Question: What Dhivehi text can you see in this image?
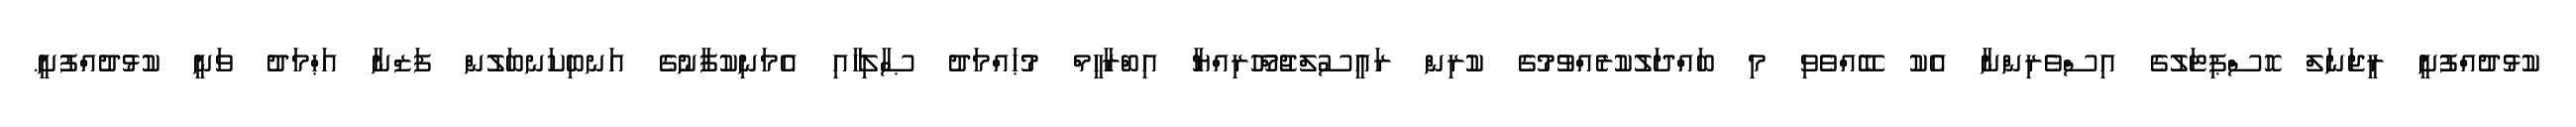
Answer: ކުޅުދުއްފުށީ ރީޖަނަލް ހޮސްޕިޓަލުގެ އިސްވެރިންނާ އެކު ބޭއްވެވި މި ބައްދަލުކުރެއްވުމުގެ ކުރިން ރައީސުލްޖުމްހޫރިއްޔާ އިބްރާހީމް މުޙައްމަދު ޞާލިހާއި އެމަނިކުފާނުގެ އަނބިކަނބަލުން ފަޒްނާ އަޙްމަދު ވަނީ ކުޅުދުއްފުށީ.